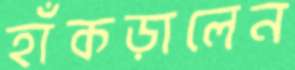
হাঁকড়ালেন